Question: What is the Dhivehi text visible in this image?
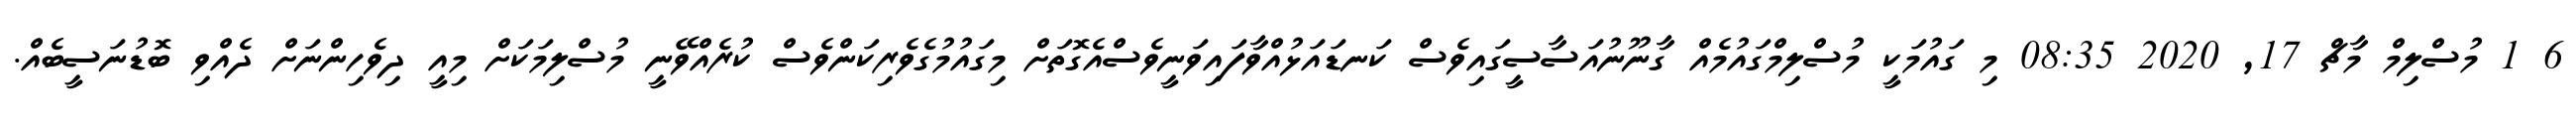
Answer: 6 1 މުސްލިމް މާޗް 17, 2020 08:35 މި ގައުމަކީ މުސްލިމްގައުމެއް ގާނޫނުއަސާސީގައިވެސް ކަނޑައަޅުއްވާފައިވަނީވެސްއެގޮތަށް މިގައުމުގެވެރިކަންވެސް ކުރެއްވޭނީ މުސްލިމަކަށް މިއީ ދިވެހިންނަށް ދެއްވި ބޮޑުނަސީބެއް.